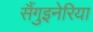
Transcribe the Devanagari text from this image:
सैंगुइनेरिया